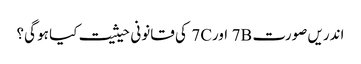
اندریں صورت 7B اور7C کی قانونی حیثیت کیا ہو گی؟